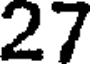
27